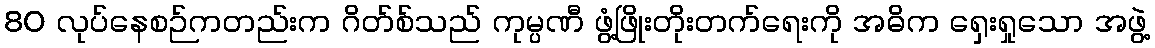
80 လုပ်နေစဉ်ကတည်းက ဂိတ်စ်သည် ကုမ္ပဏီ ဖွံ့ဖြိုးတိုးတက်ရေးကို အဓိက ရှေးရှုသော အဖွဲ့